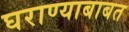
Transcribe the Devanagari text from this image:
घराण्याबाबत